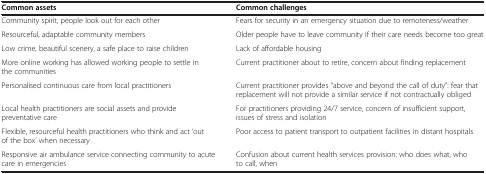
<table><thead><tr><td><b>Common assets</b></td><td><b>Common challenges</b></td></tr></thead><tbody><tr><td>Community spirit, people look out for each other</td><td>Fears for security in an emergency situation due to remoteness/weather</td></tr><tr><td>Resourceful, adaptable community members</td><td>Older people have to leave community if their care needs become too great</td></tr><tr><td>Low crime, beautiful scenery, a safe place to raise children</td><td>Lack of affordable housing</td></tr><tr><td>More online working has allowed working people to settle in the communities</td><td>Current practitioner about to retire, concern about finding replacement</td></tr><tr><td>Personalised continuous care from local practitioners</td><td>Current practitioner provides “above and beyond the call of duty”: fear that replacement will not provide a similar service if not contractually obliged</td></tr><tr><td>Local health practitioners are social assets and provide preventative care</td><td>For practitioners providing 24/7 service, concern of insufficient support, issues of stress and isolation</td></tr><tr><td>Flexible, resourceful health practitioners who think and act ‘out of the box’ when necessary</td><td>Poor access to patient transport to outpatient facilities in distant hospitals</td></tr><tr><td>Responsive air ambulance service connecting community to acute care in emergencies</td><td>Confusion about current health services provision: who does what, who to call, when</td></tr></tbody></table>